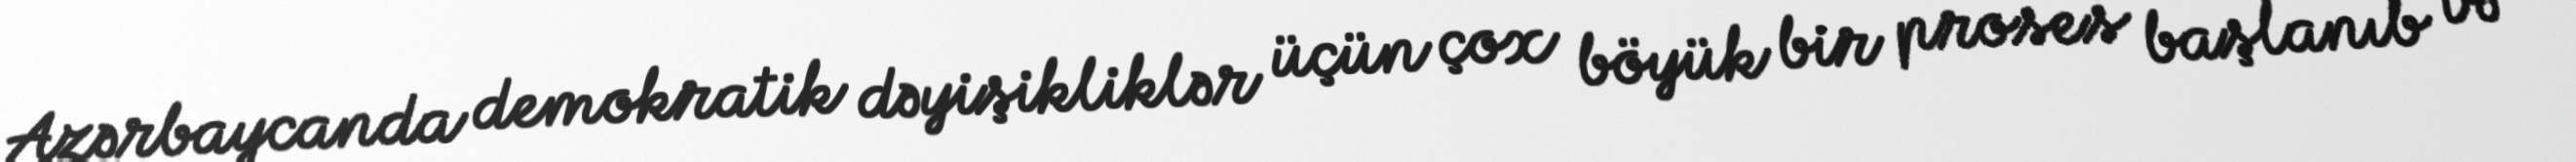
Azərbaycanda demokratik dəyişikliklər üçün çox böyük bir proses başlanıb və